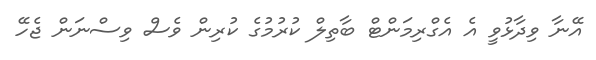
އޭނާ ވިދާޅުވީ އެ އެގްރިމަންޓް ބާތިލް ކުރުމުގެ ކުރިން ވެސް ވިސްނަން ޖެހޭ